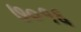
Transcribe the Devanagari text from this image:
७०१६